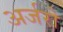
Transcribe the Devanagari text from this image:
अर्जरो